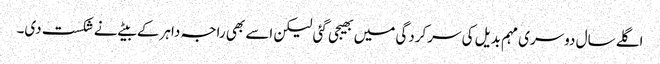
اگلے سال دوسری مہم بدیل کی سرکردگی میں بھیجی گئی لیکن اسے بھی راجہ داہر کے بیٹے نے شکست دی۔